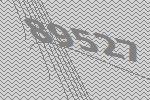
89527